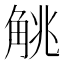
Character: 𬢖